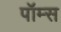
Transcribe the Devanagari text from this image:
पॉम्स